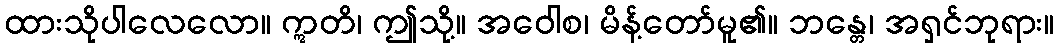
ထားသိုပါလေလော။ ဣတိ၊ ဤသို့။ အဝေါစ၊ မိန့်တော်မူ၏။ ဘန္တေ၊ အရှင်ဘုရား။